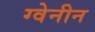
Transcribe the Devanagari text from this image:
ग्वेनीन